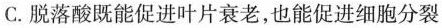
C.脱落酸既能促进叶片衰老，也能促进细胞分裂